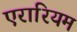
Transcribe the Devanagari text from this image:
एरारियम